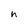
Character: n